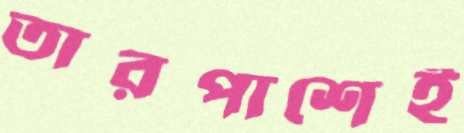
তারপাশেই